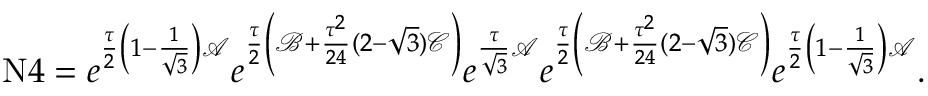
\begin{array} { r } { \mathrm { N } 4 = e ^ { \frac { \tau } { 2 } \left( 1 - \frac { 1 } { \sqrt { 3 } } \right) \mathcal { A } } e ^ { \frac { \tau } { 2 } \left( \mathcal { B } + \frac { \tau ^ { 2 } } { 2 4 } ( 2 - \sqrt { 3 } ) \mathcal { C } \right) } e ^ { \frac { \tau } { \sqrt { 3 } } \mathcal { A } } e ^ { \frac { \tau } { 2 } \left( \mathcal { B } + \frac { \tau ^ { 2 } } { 2 4 } ( 2 - \sqrt { 3 } ) \mathcal { C } \right) } e ^ { \frac { \tau } { 2 } \left( 1 - \frac { 1 } { \sqrt { 3 } } \right) \mathcal { A } } . } \end{array}